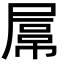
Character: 𡲻